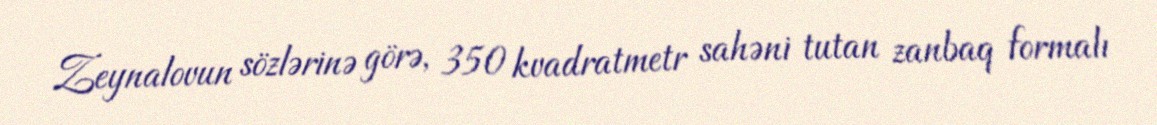
Zeynalovun sözlərinə görə, 350 kvadratmetr sahəni tutan zanbaq formalı